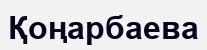
Қоңарбаева